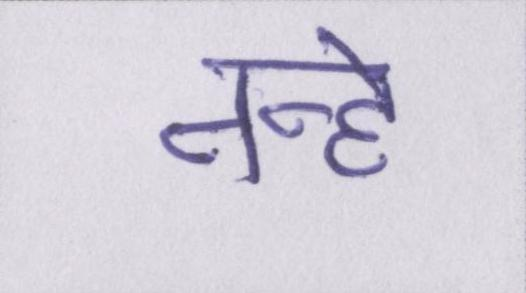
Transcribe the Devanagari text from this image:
नन्हे